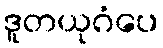
ဒူတယုဂံပေ